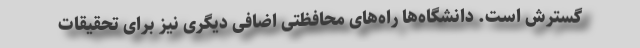
گسترش است. دانشگاه‌ها راه‌های محافظتی اضافی دیگری نیز برای تحقیقات